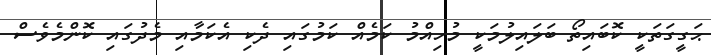
ޙަގީގަތަކީ ކޮބައިތޯ ބަލައިލުމަކީ މުހިއްމު ކަމެއް ކަމުގައި ދެކި އެކަމާއި މެދުގައި ކޮންމެވެސް